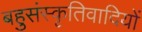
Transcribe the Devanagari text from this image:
बहुसंस्कृतिवादियों